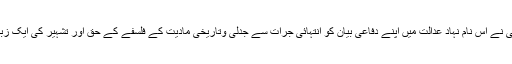
11نومبر1938کو کامریڈ ارانی نے اس نام نہاد عدالت میں اپنے دفاعی بیان کو انتہائی جرات سے جدلی وتاریخی مادیت کے فلسفے کے حق اور تشہیر کی ایک زبردست تقریر میں تبدیل کر دیا ۔